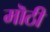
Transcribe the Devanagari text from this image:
मॊठी